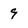
Character: 9